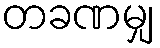
တခဏမျှ